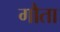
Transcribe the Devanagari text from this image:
गौता